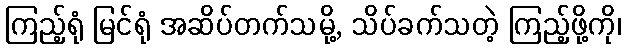
ကြည့်ရုံ မြင်ရုံ အဆိပ်တက်သမို့, သိပ်ခက်သတဲ့ ကြည့်ဖို့ကို၊